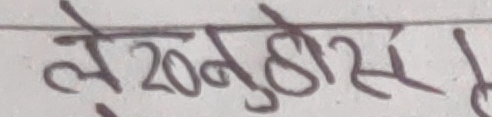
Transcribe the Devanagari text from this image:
ले २० नुहोस।